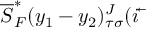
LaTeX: \overline { { { S } } } _ { F } ^ { * } ( y _ { 1 } - y _ { 2 } ) _ { \tau \sigma } ^ { J } ( i \overleftarrow { { \bf \partial } }